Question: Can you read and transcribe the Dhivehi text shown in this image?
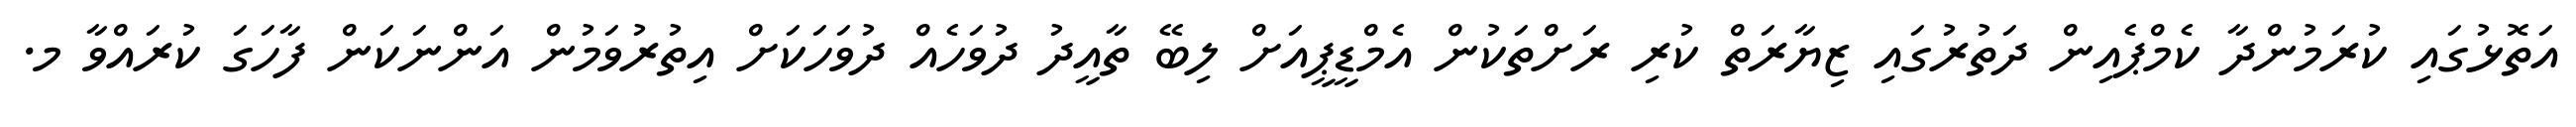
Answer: އަތޮޅުގައި ކުރަމުންދާ ކެމްޕެއިން ދަތުރުގައި ޒިޔާރަތް ކުރި ރަށްތަކުން އެމްޑީޕީއަށް ލިބޭ ތާއީދު ދުވަހެއް ދުވަހަކަށް އިތުރުވަމުން އަންނަކަން ފާހަގަ ކުރައްވާ މ.